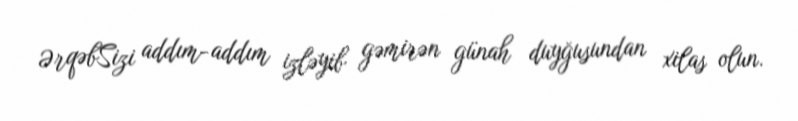
ƏrqəbSizi addım-addım izləyib gəmirən günah duyğusundan xilas olun.